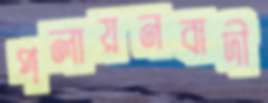
পলায়নবাদী